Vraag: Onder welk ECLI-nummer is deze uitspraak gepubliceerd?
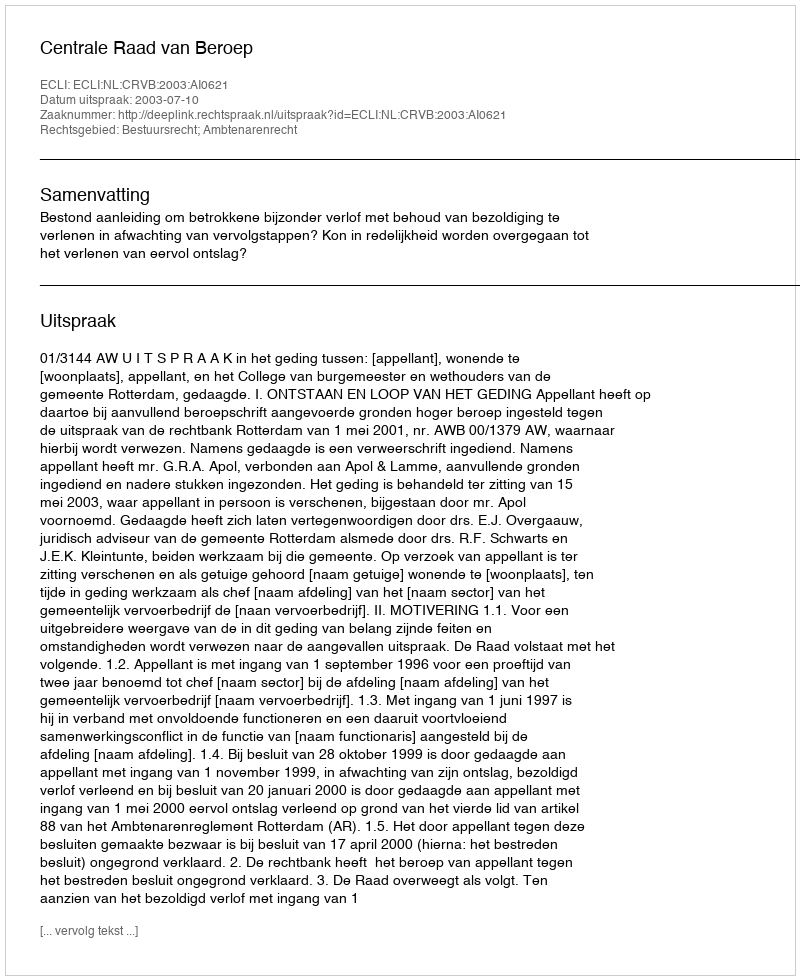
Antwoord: ECLI:NL:CRVB:2003:AI0621